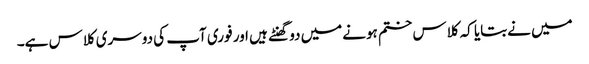
میں نےبتایا کہ کلاس ختم ہونےمیں دو گھنٹے ہیں اور فوری آپ کی دوسری کلاس ہے۔